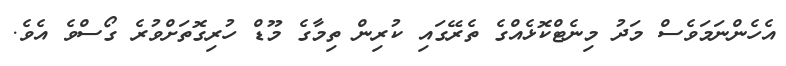
އެހެންނަމަވެސް މަދު މިނެޓްކޮޅެއްގެ ތެރޭގައި ކުރިން ތިމާގެ މޫޑް ހުރިގޮތަށްވުރެ ގޯސްވެ އެވެ.